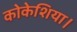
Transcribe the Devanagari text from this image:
कोकेशिया।